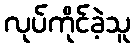
လုပ်ကိုင်ခဲ့သူ